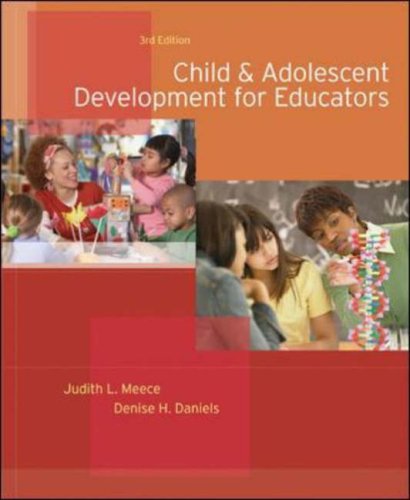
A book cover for Child and Adolescent Development for Educators; Judith Meece; Science & Math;